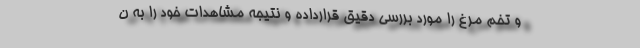
و تخم مرغ را مورد بررسی دقیق قرارداده و نتیجه مشاهدات خود را به ن